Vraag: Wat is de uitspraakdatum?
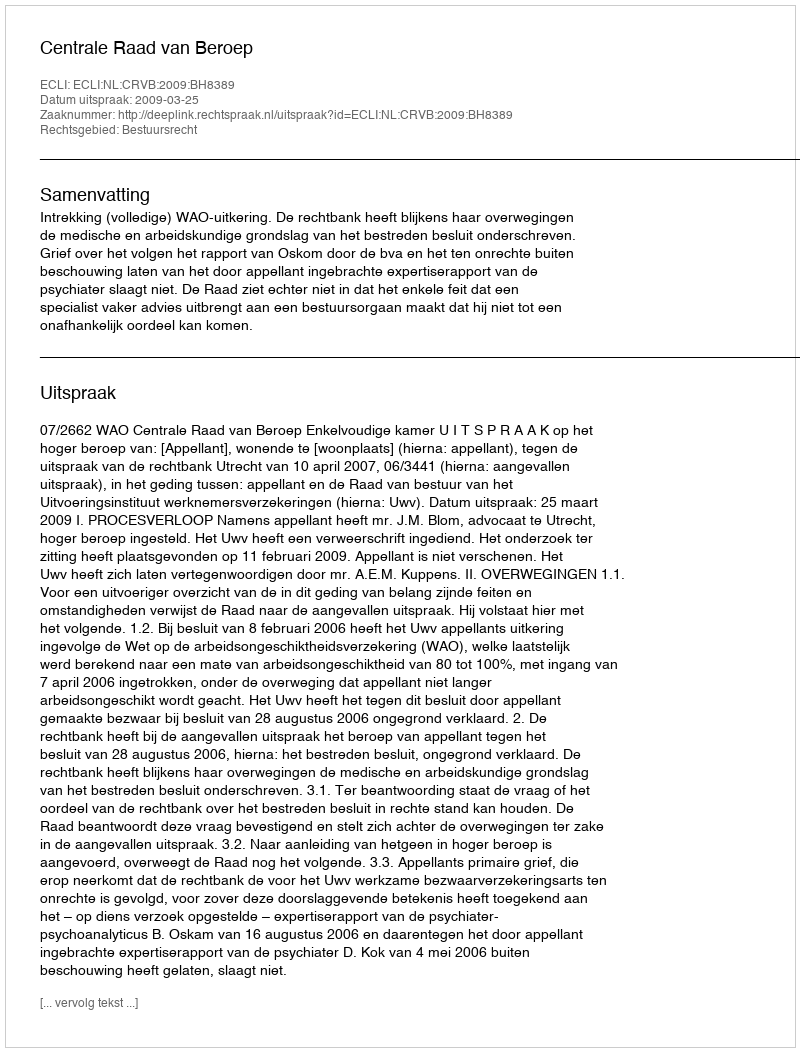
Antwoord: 2009-03-25